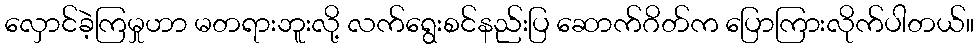
လှောင်ခဲ့ကြမှုဟာ မတရားဘူးလို့ လက်ရွေးစင်နည်းပြ ဆောက်ဂိတ်က ပြောကြားလိုက်ပါတယ်။